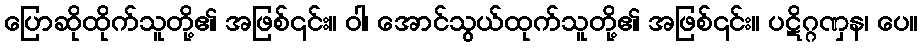
ပြောဆိုထိုက်သူတို့၏ အဖြစ်၎င်း။ ဝါ၊ အောင်သွယ်ထုက်သူတို့၏ အဖြစ်၎င်း။ ပဋိဂ္ဂဏှန၊ ပေ။